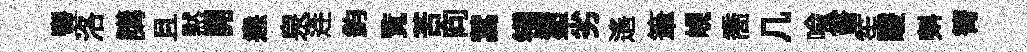
豐洛講且黙開恚泉连鈞覧苦向蒿镇塗劣遙筆峴喬几喩嘗笙躞㪺箐